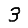
Digit: 3